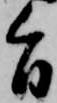
旨